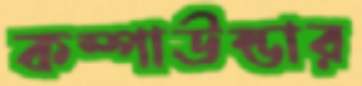
কম্পাউন্ডার